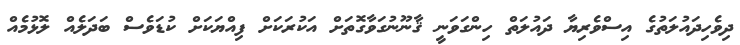
ދިވެހިދައުލަތުގެ އިސްވެރިޔާ ދައުލަތް ހިންގަވަނީ ޤާނޫނުގަވާގޮތަށް އަކުރަކަށް ފިއްޔަކަށް ކުޑަވެސް ބަދަލެއް ލޮޅުމެއް